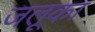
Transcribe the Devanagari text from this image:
जलूका